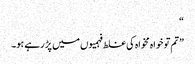
“
”تم تو خواہ مخواہ کی غلط فہمیوں میں پڑ رہے ہو۔